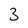
Character: 3